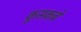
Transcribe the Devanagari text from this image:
कुसकबे